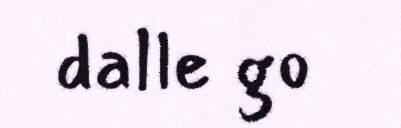
dalle go